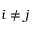
i \neq j